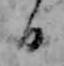
日